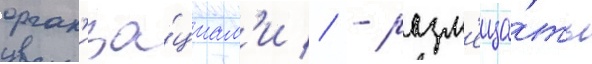
орган'иза́циам'и // - разм'еща́ть